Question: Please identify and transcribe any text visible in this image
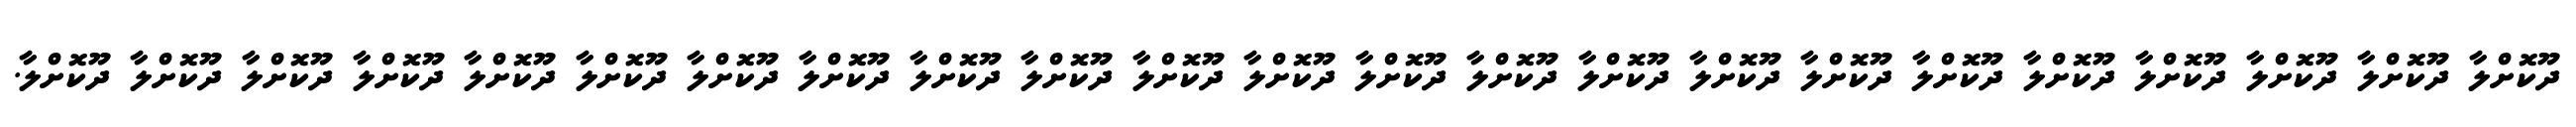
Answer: ދޫކޮށްލާ ދޫކޮށްލާ ދޫކޮށްލާ ދޫކޮށްލާ ދޫކޮށްލާ ދޫކޮށްލާ ދޫކޮށްލާ ދޫކޮށްލާ ދޫކޮށްލާ ދޫކޮށްލާ ދޫކޮށްލާ ދޫކޮށްލާ ދޫކޮށްލާ ދޫކޮށްލާ ދޫކޮށްލާ ދޫކޮށްލާ ދޫކޮށްލާ ދޫކޮށްލާ ދޫކޮށްލާ ދޫކޮށްލާ ދޫކޮށްލާ ދޫކޮށްލާ ދޫކޮށްލާ.